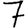
Digit: 7